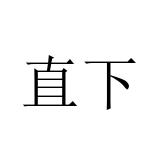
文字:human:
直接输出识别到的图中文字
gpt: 直下